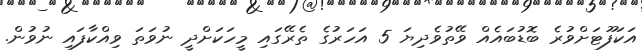
އަކަފޫޓަށްވުރެ ބޮޑުބައެއް ވޭތުވެދިޔަ 5 އަހަރުގެ ތެރޭގައި މީހަކަށްދީ ނުވަތަ ވިއްކާފައި ނުވުން.